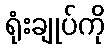
ရုံးချုပ်ကို